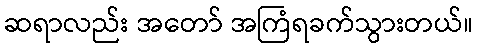
ဆရာလည်း အတော် အကြံရခက်သွားတယ်။